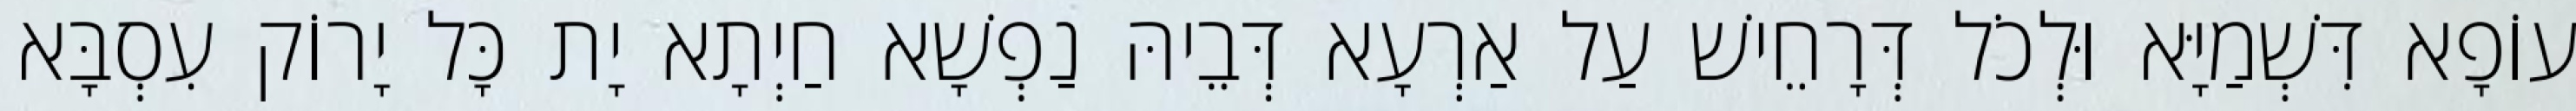
עוֹפָא דִּשְׁמַיָּא וּלְכֹל דְּרָחֵישׁ עַל אַרְעָא דְּבֵיהּ נַפְשָׁא חַיְתָא יָת כָּל יָרוֹק עִסְבָּא